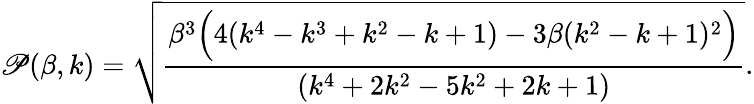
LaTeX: \mathscr{P}(\beta,k)=\sqrt{\frac{\beta^{3}\Big(4(k^{4}-k^{3}+k^{2}-k+1)-3\beta(k^{2}-k+1)^{2}\Big)}{(k^{4}+2k^{2}-5k^{2}+2k+1)}}.